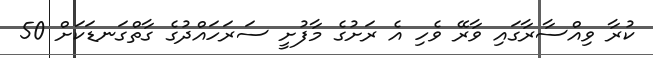
ކުރާ ވިއްސާރާގައި ވާރޭ ވެހި އެ ރަށުގެ މާފުށީ ސަރަހައްދުގެ ގާތްގަނޑަކަށް 50